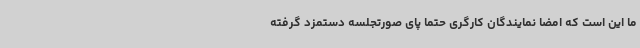
ما این است که امضا نمایندگان کارگری حتما پای صورتجلسه دستمزد گرفته